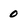
Character: 0